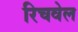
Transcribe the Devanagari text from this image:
रिचवेल